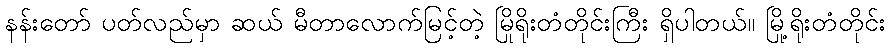
နန်းတော် ပတ်လည်မှာ ဆယ် မီတာလောက်မြင့်တဲ့ မြိုရိုးတံတိုင်းကြီး ရှိပါတယ်။ မြို့ရိုးတံတိုင်း